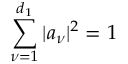
\sum _ { \nu = 1 } ^ { d _ { 1 } } \vert a _ { \nu } \vert ^ { 2 } = 1